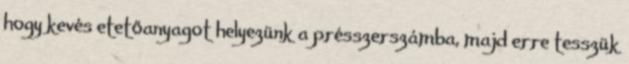
hogy kevés etetőanyagot helyezünk a présszerszámba, majd erre tesszük